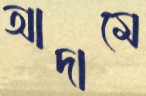
আদামে